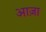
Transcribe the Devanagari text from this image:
आज़ा